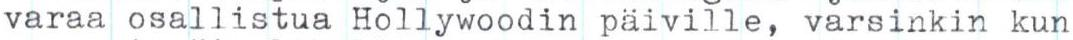
varaa osallistua Hollywoodin päiville, varsinkin kun